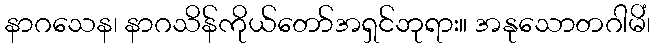
နာဂသေန၊ နာဂသိန်ကိုယ်တော်အရှင်ဘုရား။ အနုသောတဂါမိံ၊